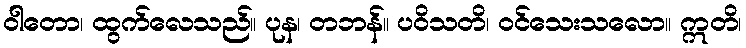
ဝါတော၊ ထွက်လေသည်။ ပုန၊ တဘန်။ ပဝိသတိ၊ ဝင်သေးသလော။ ဣတိ၊